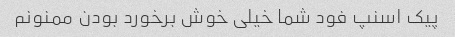
پیک اسنپ فود شما خیلی خوش برخورد بودن ممنونم